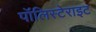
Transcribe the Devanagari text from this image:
पॉलिस्टेराइट